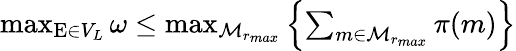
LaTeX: \begin{array}{r}{\operatorname*{max}_{\mathrm{E}\in V_{L}}\omega\leq\operatorname*{max}_{\mathcal{M}_{r_{max}}}\left\{ \sum_{m\in\mathcal{M}_{r_{max}}}\pi(m)\right\} }\end{array}